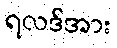
ရလဒ်အား